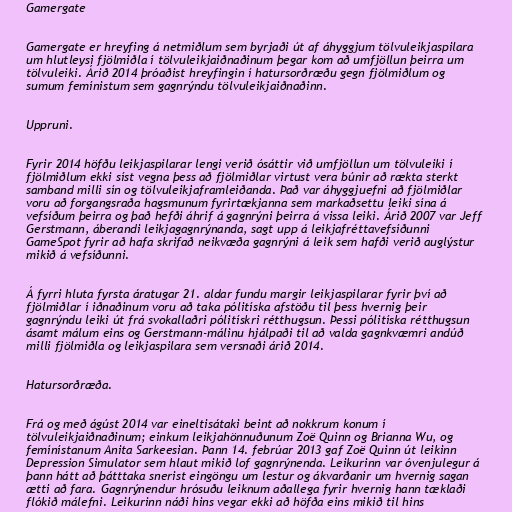
Gamergate

Gamergate er hreyfing á netmiðlum sem byrjaði út af áhyggjum tölvuleikjaspilara
um hlutleysi fjölmiðla í tölvuleikjaiðnaðinum þegar kom að umfjöllun þeirra um
tölvuleiki. Árið 2014 þróaðist hreyfingin í hatursorðræðu gegn fjölmiðlum og
sumum femínistum sem gagnrýndu tölvuleikjaiðnaðinn.

Uppruni.

Fyrir 2014 höfðu leikjaspilarar lengi verið ósáttir við umfjöllun um tölvuleiki í
fjölmiðlum ekki síst vegna þess að fjölmiðlar virtust vera búnir að rækta sterkt
samband milli sín og tölvuleikjaframleiðanda. Það var áhyggjuefni að fjölmiðlar
voru að forgangsraða hagsmunum fyrirtækjanna sem markaðsettu leiki sína á
vefsíðum þeirra og það hefði áhrif á gagnrýni þeirra á vissa leiki. Árið 2007 var Jeff
Gerstmann, áberandi leikjagagnrýnanda, sagt upp á leikjafréttavefsíðunni
GameSpot fyrir að hafa skrifað neikvæða gagnrýni á leik sem hafði verið auglýstur
mikið á vefsíðunni.

Á fyrri hluta fyrsta áratugar 21. aldar fundu margir leikjaspilarar fyrir því að
fjölmiðlar í iðnaðinum voru að taka pólitíska afstöðu til þess hvernig þeir
gagnrýndu leiki út frá svokallaðri pólitískri rétthugsun. Þessi pólitíska rétthugsun
ásamt málum eins og Gerstmann-málinu hjálpaði til að valda gagnkvæmri andúð
milli fjölmiðla og leikjaspilara sem versnaði árið 2014.

Hatursorðræða.

Frá og með ágúst 2014 var eineltisátaki beint að nokkrum konum í
tölvuleikjaiðnaðinum; einkum leikjahönnuðunum Zoë Quinn og Brianna Wu, og
femínístanum Anita Sarkeesian. Þann 14. febrúar 2013 gaf Zoë Quinn út leikinn
Depression Simulator sem hlaut mikið lof gagnrýnenda. Leikurinn var óvenjulegur á
þann hátt að þátttaka snerist eingöngu um lestur og ákvarðanir um hvernig sagan
ætti að fara. Gagnrýnendur hrósuðu leiknum aðallega fyrir hvernig hann tæklaði
flókið málefni. Leikurinn náði hins vegar ekki að höfða eins mikið til hins